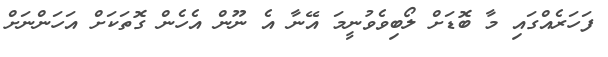
ފަހަރެއްގައި މާ ބޮޑަށް ލޯބިވެވުނީމަ އޭނާ އެ ނޫން އެހެން ގޮތަކަށް އަހަންނަށް